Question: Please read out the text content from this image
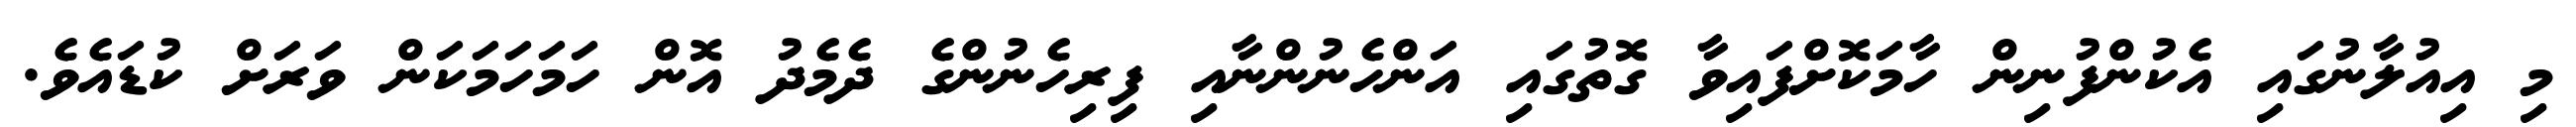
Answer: މި އިއުލާނުގައި އެކުންފުނިން ހާމަކޮށްފައިވާ ގޮތުގައި އަންހެނުންނާއި ފިރިހެނުންގެ ދެމެދު އޮން ހަމަހަމަކަން ވަރަށް ކުޑައެވެ.